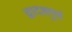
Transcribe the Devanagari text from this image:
द्वादशगुणं